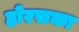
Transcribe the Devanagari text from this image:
होरसका